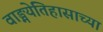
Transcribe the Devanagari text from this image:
वाङ्मयेतिहासाच्या